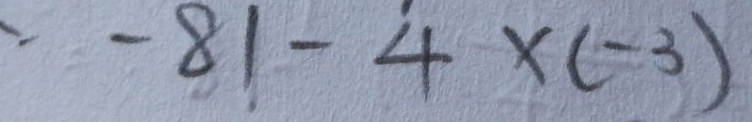
- 8 1 - 4 \times ( - 3 )